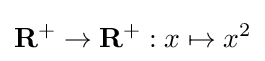
\mathbf {R} ^{+}\to \mathbf {R} ^{+}:x\mapsto x^{2}